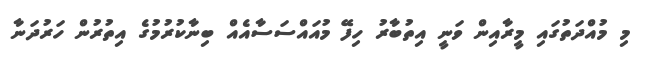
މި މުއްދަތުގައި މީރާއިން ވަނީ އިތުބާރު ހިފޭ މުއައްސަސާއެއް ބިނާކުރުމުގެ އިތުރުން ހަރުދަނާ